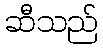
ဆီသည်